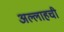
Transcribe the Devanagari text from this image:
अल्लाहची